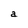
Character: a